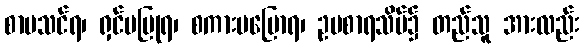
စာမသင်ရ၊ ရှင်မပြုရ၊ စကားမပြောရ၊ ဥပစာရသိမ်၌ တည်သူ အားလည်း